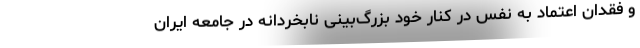
و فقدان اعتماد به نفس در کنار خود بزرگ‌بینی نابخردانه در جامعه ایران